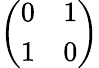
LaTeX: \left(\begin{array}{cc}{{0}}&{{1}}\\ {{1}}&{{0}}\end{array}\right)